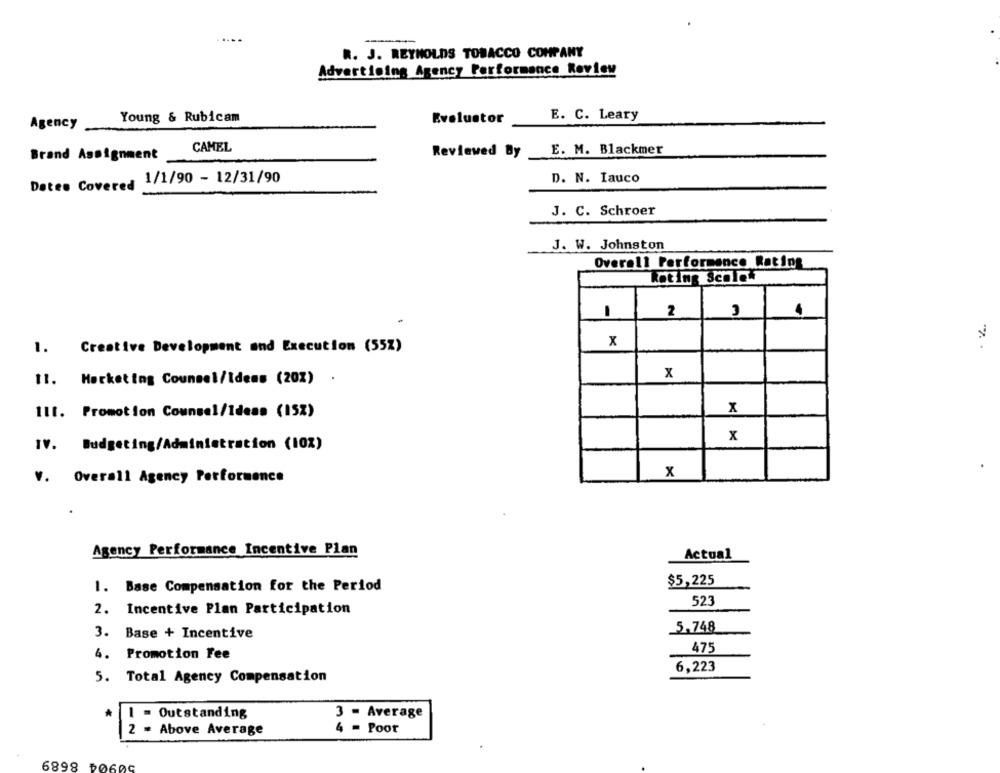
. J. REYNOLDS TOBACCO COMPANY
Advertising Agency Performance Review
E. C. Leary
Young & Rubicam
Evalustor
Agency
CAMEL
Reviewed By E. M. Blackmer
Brand Assignment
Dates Covered 1/1/90 - 12/31/90
D. N. Iauco
J. C. Schroer
J. W. Johnston
Overall Performance Rating
Rating Scale"
2
Creative Development and Execution (55%)
x
1.
x
11. Marketing Counsel/Ideas (20%) .
x
Il1. Promotion Counsel/Ideas (15%)
x
IV. Budgeting/Administration (10%)
v.
Overall Agency Performence
x
Agency Performance Incentive Plan
Actual
$5,225
1. Base Compensation for the Period
523
2.
Incentive Plan Participation
3. Base + Incentive
_5,748
475
4.
Promotion Fee
6,223
5. Total Agency Compensation
Outstanding
3 - Average
2 = Above Average
4 = Poor
6898 DOS